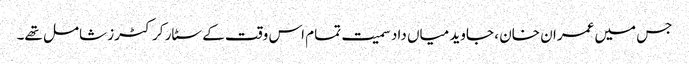
جس میں عمران خان ، جاوید میاں داد سمیت تمام اس وقت کے سٹار کرکٹرز شامل تھے۔